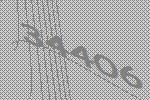
34406